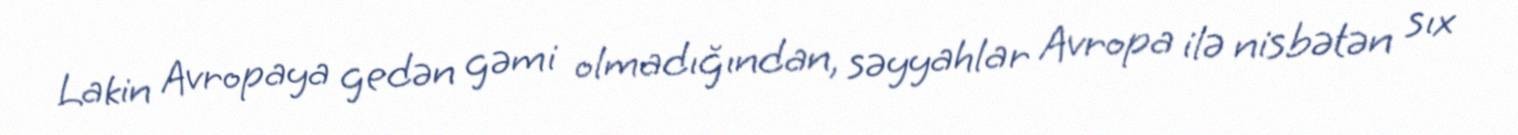
Lakin Avropaya gedən gəmi olmadığından, səyyahlar Avropa ilə nisbətən sıx